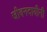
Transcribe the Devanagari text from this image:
जीवनदायीनी